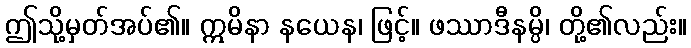
ဤသို့မှတ်အပ်၏။ ဣမိနာ နယေန၊ ဖြင့်။ ဖဿာဒီနမ္ပိ၊ တို့၏လည်း။